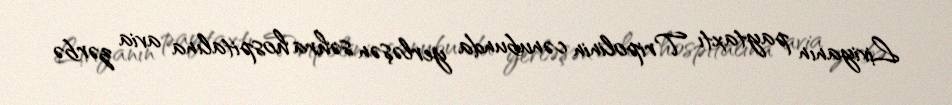
Liviyanın paytaxtı Tripolinin cənubunda yerləşən səhra hospitalına avia zərbə